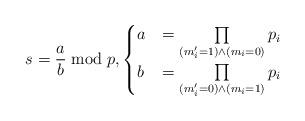
LaTeX: \begin{align*}s = \frac{a}{b} \bmod{p}, \begin{cases}a & = \prod\limits_{(m'_i=1) \wedge (m_i=0)} p_i \\b & = \prod\limits_{(m'_i=0) \wedge (m_i=1)} p_i\end{cases}\end{align*}